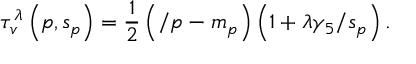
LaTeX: \tau _ { v } ^ { \lambda } \left( p , s _ { p } \right) = \frac 1 { 2 } \left( \slash { p } - m _ { p } \right) \left( 1 + \lambda \gamma _ { 5 } \slash { s } _ { p } \right) .